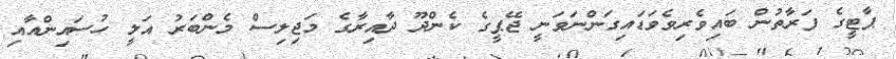
ޕާޓީގެ ފަރާތުން ބައިވެރިވެވަޑައިގަންނަވަނީ ޖޭޕީގެ ކެންދޫ ދާއިރާގެ މަޖިލިސް މެންބަރު އަލީ ހުސައިންއާއި